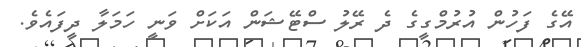
އޭގެ ފަހުން އުރުމްގީގެ ދެ ރޭލު ސްޓޭޝަން އަކަށް ވަނީ ހަމަލާ ދީފައެވެ.